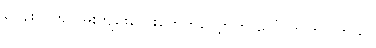
ကျေးလက်လမ်းကျဉ်းလေးတွေတလျှောက် ပေါ်လာကြပါတယ်။